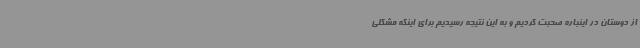
از دوستان در اینباره صحبت کردیم و به این نتیجه رسیدیم برای اینکه مشکلی